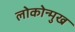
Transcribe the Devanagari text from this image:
लोकोन्मुख